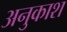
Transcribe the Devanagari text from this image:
अनुकाश